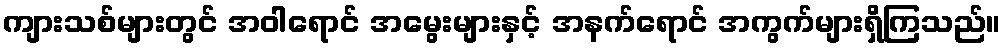
ကျားသစ်များတွင် အဝါရောင် အမွေးများနှင့် အနက်ရောင် အကွက်များရှိကြသည်။